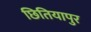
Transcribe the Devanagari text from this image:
छितियापुर